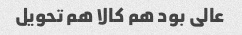
عالی بود هم کالا هم تحویل